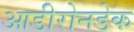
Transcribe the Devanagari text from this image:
आडीरोनडेक